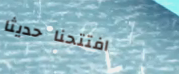
افتتحنا حديثاً